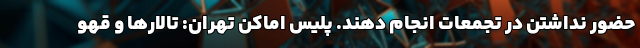
حضور نداشتن در تجمعات انجام دهند. پلیس اماکن تهران: تالارها و قهو